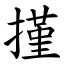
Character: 㨷